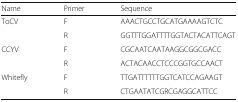
<table><thead><tr><td><b>Name</b></td><td><b>Primer</b></td><td><b>Sequence</b></td></tr></thead><tbody><tr><td rowspan="2">ToCV</td><td>F</td><td>AAACTGCCTGCATGAAAAGTCTC</td></tr><tr><td>R</td><td>GGTTTGGATTTTGGTACTACATTCAGT</td></tr><tr><td rowspan="2">CCYV</td><td>F</td><td>CGCAATCAATAAGGCGGCGACC</td></tr><tr><td>R</td><td>ACTACAACCTCCCGGTGCCAACT</td></tr><tr><td rowspan="2">Whitefly</td><td>F</td><td>TTGATTTTTTGGTCATCCAGAAGT</td></tr><tr><td>R</td><td>CTGAATATCGRCGAGGCATTCC</td></tr></tbody></table>